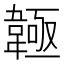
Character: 𩏊